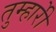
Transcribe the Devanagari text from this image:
तुम्हारीे